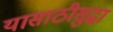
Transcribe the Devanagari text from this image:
यासाठीसुद्धा